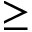
\geq